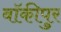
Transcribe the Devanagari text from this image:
बॉकीपुर